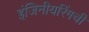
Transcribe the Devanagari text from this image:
इंजिनीयरिंगची